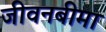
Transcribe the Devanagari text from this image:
जीवनबीमा